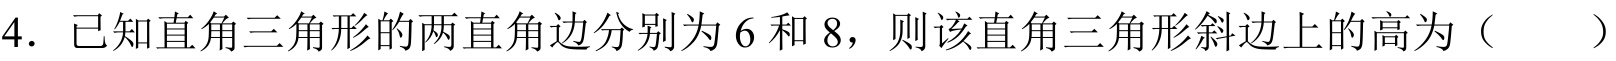
4. 已知直角三角形的两直角边分别为$6$和$8$，则该直角三角形斜边上的高为（  ）